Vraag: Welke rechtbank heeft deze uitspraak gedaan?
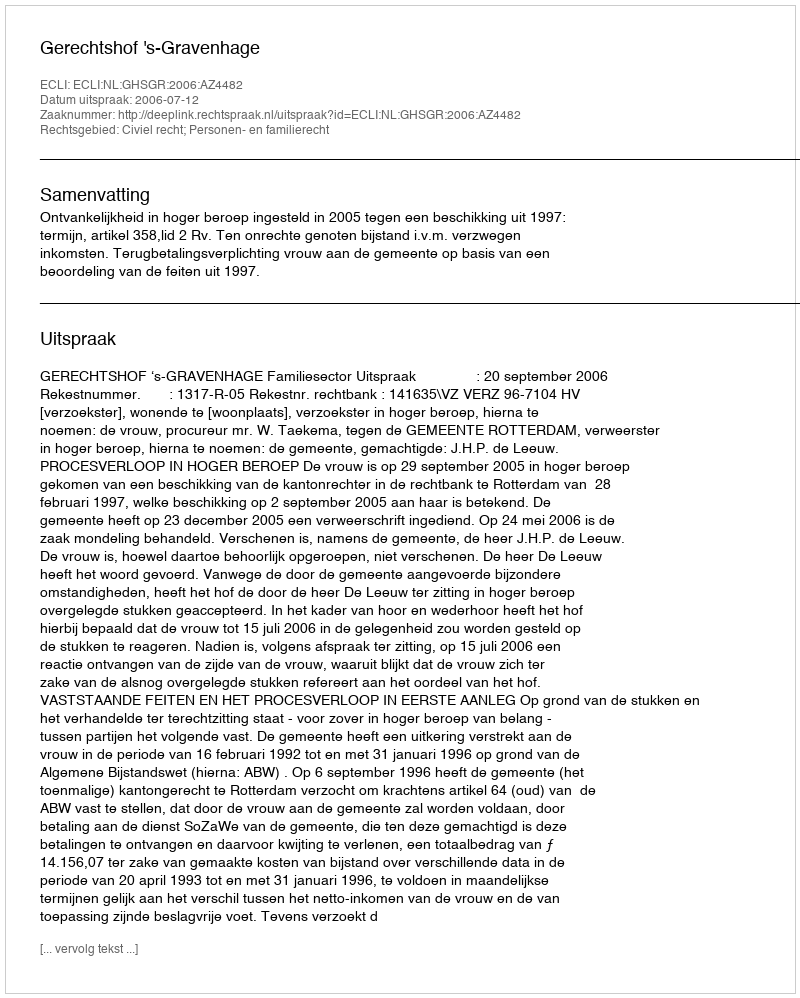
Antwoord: Gerechtshof 's-Gravenhage